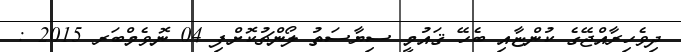
ދިވެހިރާއްޖޭގެ ކުންޏާއި ބެހޭ ޤައުމީ ސިޔާސަތު ލޯންޗުކޮށްފި 04 ނޮވެމްބަރ 2015 :